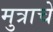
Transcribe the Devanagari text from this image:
मुत्राचे